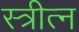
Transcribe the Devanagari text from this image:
स्त्रीत्न